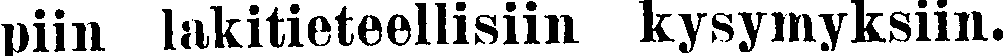
piin lakitieteellisiin kysymyksiin.